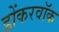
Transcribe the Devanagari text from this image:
डोंकरवॉक